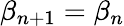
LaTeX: \beta_{n+1}=\beta_{n}